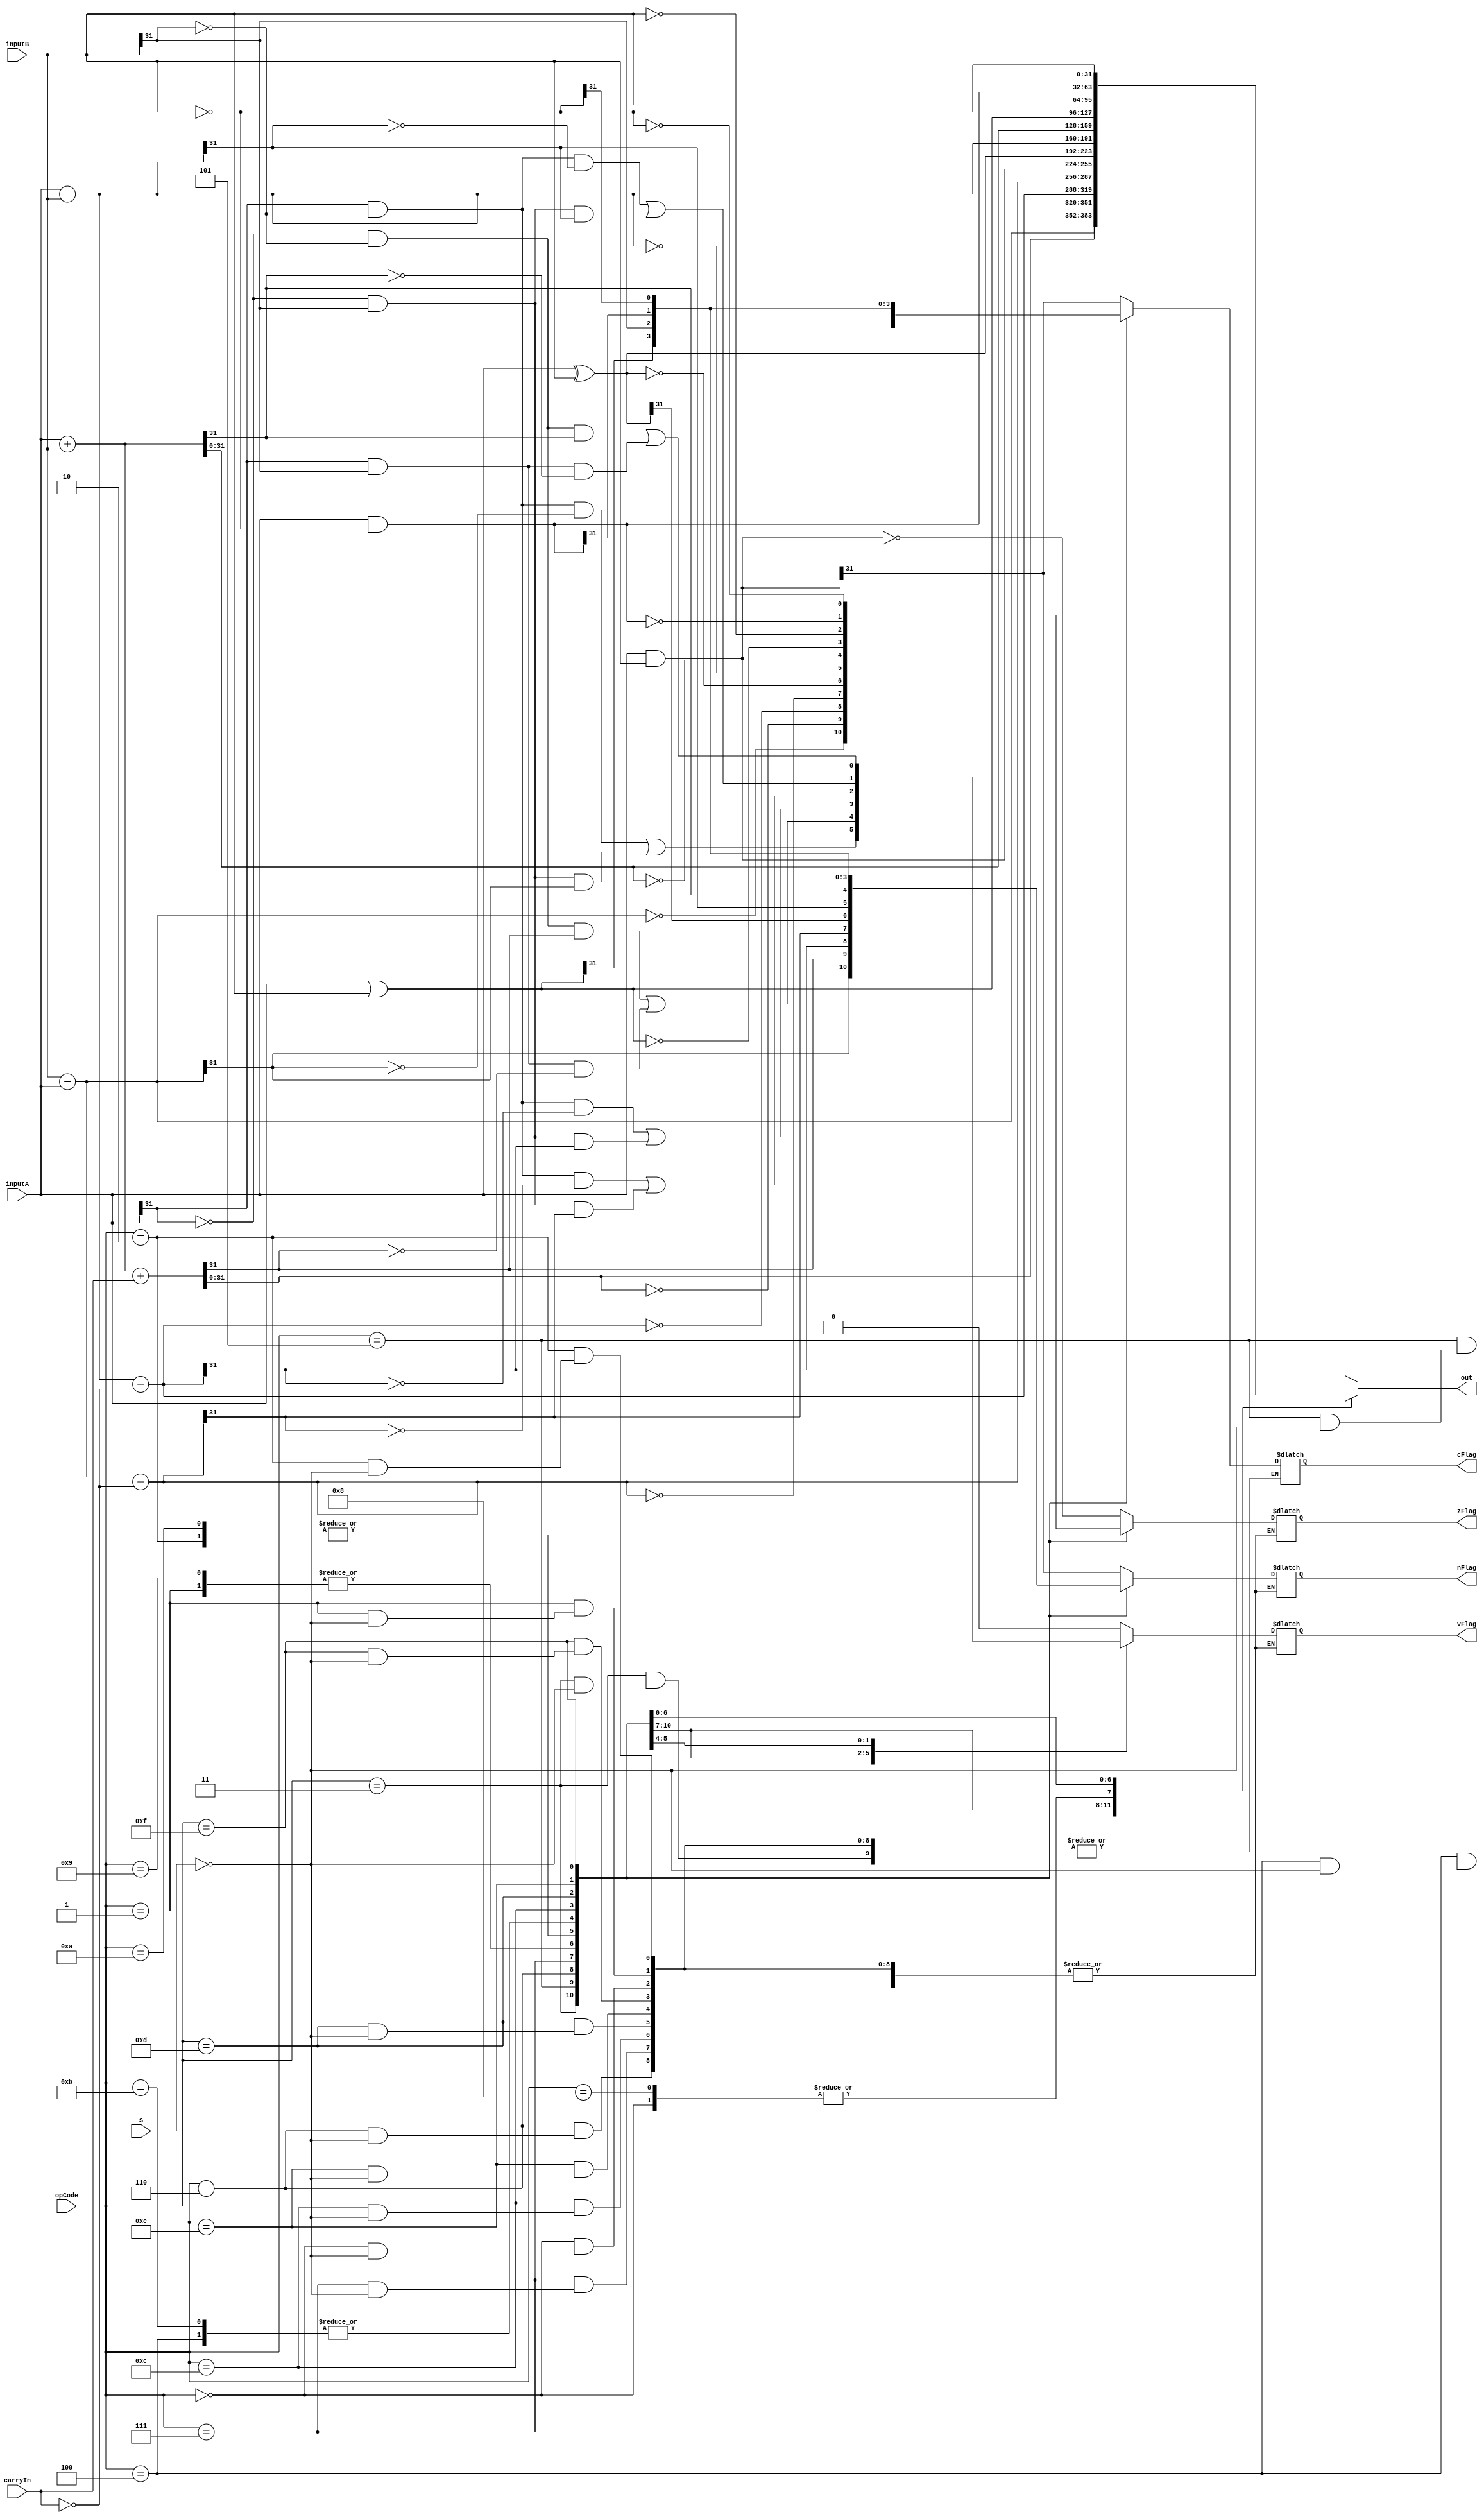
/*El ALU debe tomar dos nmeros de 32 bits y un bit de carry y realizar cualquiera de las
operaciones necesarias para implementar instrucciones data processing y cualquier otra
instruccin que requiera operaciones aritmticas o lgicas. Las salidas del ALU sern el resultado
de la operacin y cuatro bits correspondientes a los condition codes (N, Z, C, V). 
*/

module ALU( input [31:0] inputA, inputB, input [3:0]  opCode, input carryIn, input S, output reg [31:0] out, output reg cFlag, zFlag, nFlag, vFlag);
			
	always @ (*) begin
		case(opCode) 
			// 0000 AND - Logic AND 		
			5'b0000: 	begin
						out = (inputA & inputB);
						if (S) begin
							cFlag = out[31];
							zFlag = out == 32'b0;
							nFlag = out[31];
							vFlag = 0;
						end
						end
			// 0001 EOR - Exclusive OR		
			5'b0001:	begin
						out = inputA ^ inputB;
						if (S) begin
							cFlag = out[31];
							zFlag = out == 32'b0;
							nFlag = out[31];
							vFlag = 0;
						end
						end
			// 0010 SUB - Subtract		
			5'b0010:	begin
						out = inputA - inputB;
						if (S) begin
							cFlag = out[31];
							zFlag = out == 32'b0;
							nFlag = out[31];
							vFlag = (inputA[31] & !inputB[31] & !out[31]) | 
								(!inputA[31] & inputB[31] & out[31]);
						end
						end
			// 0011 RSB - Reverse Subtract		
			5'b0011:	begin
						out = inputB - inputA;
						if (S) begin
							cFlag = out[31];
							zFlag = out == 32'b0;
							nFlag = out[31];
							vFlag = (inputA[31] & !inputB[31] & !out[31]) | 
								(!inputA[31] & inputB[31] & out[31]);
						end
						end
			// 0100 ADD - Addition 		
			5'b0100:	begin
						{cFlag,out} = inputA + inputB;
						if (S) begin
							zFlag = out == 32'b0;
							nFlag = out[31];
							vFlag = (!inputA[31] & !inputB[31] & out[31]) | 
								(inputA[31] & inputB[31] & !out[31]);
						end
						end
			// 0101 ADC - ADD with carryIn		
			5'b0101:	begin
						{cFlag,out} = inputA + inputB + carryIn;
						if (S) begin
							zFlag = out == 32'b0;
							nFlag = out[31];
							vFlag = (!inputA[31] & !inputB[31] & out[31]) | 
								(inputA[31] & inputB[31] & !out[31]);
						end
						end
			// 0110 SBC - Substract with carryIn		
			5'b0110:	begin
						out = inputA - inputB - !carryIn;
						if (S) begin
							cFlag = out[31];
							zFlag = out == 32'b0;
							nFlag = out[31];
							vFlag = (inputA[31] & !inputB[31] & !out[31]) | 
								(!inputA[31] & inputB[31] & out[31]);
						end
						end
			// 0111 RSC - Reverse Substract with carryIN		
			5'b0111:	begin
						out = inputB - inputA - !carryIn;
						if (S) begin
							cFlag = out[31];
							zFlag = out == 32'b0;
							nFlag = out[31];
							vFlag = (inputA[31] & !inputB[31] & !out[31]) | 
								(!inputA[31] & inputB[31] & out[31]);
						end
						end
			// 1000 TST AND	-Test
			5'b1000: 	begin
						out = inputA & inputB;
						cFlag = out[31];
						zFlag = out == 32'b0;
						nFlag = out[31];
						vFlag = 0;
						end
			// 1001  TEQ EOR - Test Equivalence EOR		
			5'b1001:	begin
						out = inputA ^ inputB;
						cFlag = out[31];
						zFlag = out == 32'b0;
						nFlag = out[31];
						vFlag = 0;
						end
			// 1010 CMP SUB - Compare SUB
			5'b1010:	begin
						out = inputA - inputB;
						cFlag = out[31];
						zFlag = out == 32'b0;
						nFlag = out[31];
						vFlag = (inputA[31] & !inputB[31] & !out[31]) | 
							(!inputA[31] & inputB[31] & out[31]);
						end
			// 1011 CMN ADD- Compare Negated ADD
			5'b1011:	begin
						{cFlag,out} = inputA + inputB;
						zFlag = out == 32'b0;
						nFlag = out[31];
						vFlag = (!inputA[31] & !inputB[31] & out[31]) | 
							(inputA[31] & inputB[31] & !out[31]);
						end		
			// 1100 ORR - Logic OR	
			5'b1100:	begin
						out = (inputA | inputB);
						if (S) begin
							cFlag = out[31];
							zFlag = out == 32'b0;
							nFlag = out[31];
							vFlag = 0;
						end
						end
			// 1101 MOV- Move
			5'b1101:	begin
						out = inputB;
						if (S) begin
							cFlag = out[31];
							zFlag = out == 32'b0;
							nFlag = out[31];
							vFlag = 0;
						end
						end
			// 1110 BIC-Bit Clear	
			5'b1110: 	begin
						out = inputA & ~inputB;
						if (S) begin
							cFlag = out[31];
							zFlag = out == 32'b0;
							nFlag = out[31];
							vFlag = 0;
						end
						end
			// 1111 MVN - Move not
			5'b1111:	begin
						out = ~inputB;
						if (S) begin
							cFlag = out[31];
							zFlag = out == 32'b0;
							nFlag = out[31];
							vFlag = 0;
						end
						end
			
			default:	begin
						out = 0;
						cFlag = 0;
						zFlag = 0;
						nFlag = 0;
						vFlag = 0;
						end
		endcase
		
    end

endmodule

/*El Shifter/Sign Extender realizar las operaciones necesarias para generar el segundo operando
fuente de las instrucciones data processing y load/store requeridas para el proyecto. Tendr
como entradas un nmero de 32 bits y otro de 12 bits y producir el operando correspondiente.
El nmero de 32 bits es normalmente el contenido del registro Rm de la instruccin. El nmero
de 12 bits corresponder a la codificacin especificada por los bits I11-I0 de una instruccin data
processing o load/store. */

module Shifter (input [31:0] A, input [11:0] B, input [2:0] shift, output reg [31:0] out, output reg carry);

	integer i = 0;

	always @(A, B, shift) begin
		// Data processing immediate
		if(shift == 3'b001) begin
			out = { 24'b0 , B[7:0]};
			for(i = 0; i < B[11:8] * 2; i++) 
			begin
				carry = out[0];
				out = out >> 1;
				out[31] = carry;
			end
			// $display("data processing inmmediate %d", out);
		end

		// Data processing immediate shift 4 cases
		if(shift == 3'b000) begin
			if(B[6:5] == 2'b00)
				begin
					{carry,out} = A << B[11:7];
				end
			if(B[6:5] == 2'b01)
				begin
					carry = A[0];
					out = A >> B[11:7];
				end
			if(B[6:5] == 2'b10) 
				begin
					carry = A[31];
					out = A >> B[11:7];
					for(i = 0; i < B[11:7]; i++) 
					begin
						out[31 - i] = carry;
					end
				end
			if(B[6:5] == 2'b11)
				begin
					out = A;
					for(i = 0; i < B[11:7]; i++) 
					begin
						carry = out[0];
						out = out >> 1;
						out[31] = carry;
					end
				end
			
		end

		// Load/Store immediate offset
		if(shift == 3'b010) begin
			out = B;
		end
		
		// Load/Store register offset
		if(shift == 3'b011) begin
			out = A;
		end
	end
endmodule